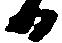
日